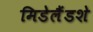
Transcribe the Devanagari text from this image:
मिडेलैंडशे